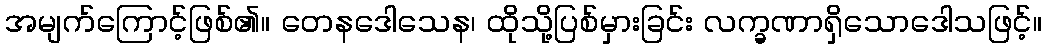
အမျက်ကြောင့်ဖြစ်၏။ တေနဒေါသေန၊ ထိုသို့ပြစ်မှားခြင်း လက္ခဏာရှိသောဒေါသဖြင့်။